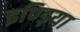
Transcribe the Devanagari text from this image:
इण्ड़िया